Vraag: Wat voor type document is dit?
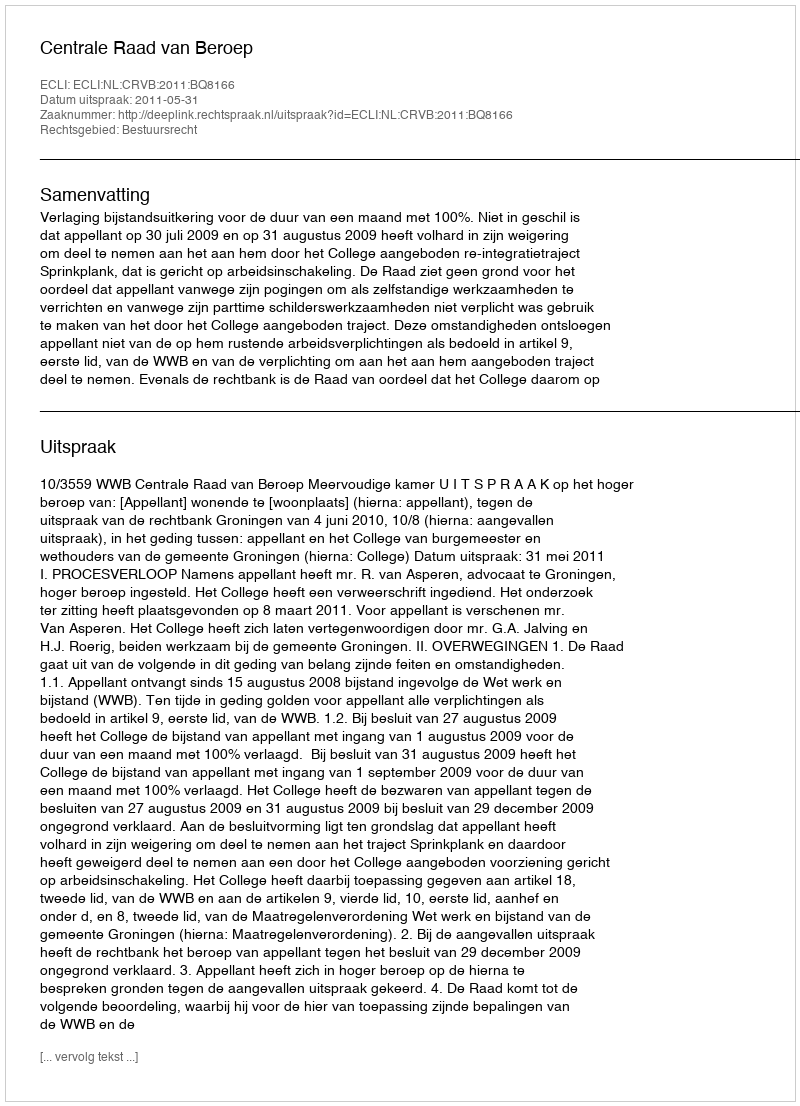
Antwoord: Uitspraak